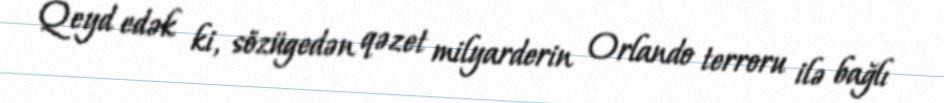
Qeyd edək ki, sözügedən qəzet milyarderin Orlando terroru ilə bağlı